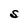
Character: S